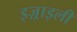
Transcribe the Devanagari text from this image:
इज़्राइली